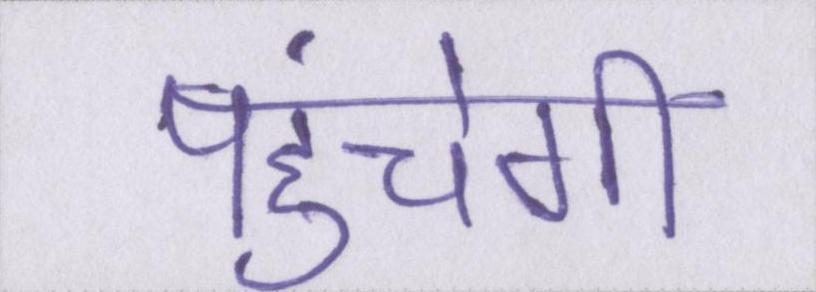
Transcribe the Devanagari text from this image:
पहुंचेगी